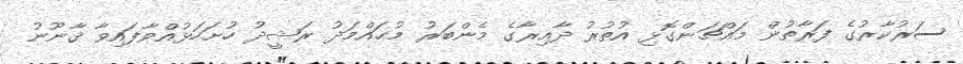
ސަރުކާރުގެ ފަރާތުން މައްޗަންގޮޅި އުތުރު ދާއިރާގެ މެންބަރު މުޙައްމަދު ރަޝީދު ހުށަހަޅުއްވާފައިވާ ޤާނޫނު